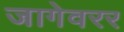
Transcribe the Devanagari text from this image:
जागेवरर